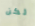
لكن